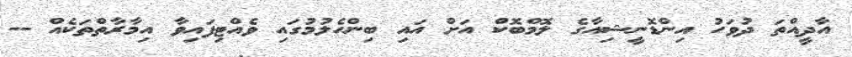
އާދީއްތަ ދުވަހު އިންޑޮނީޝިއާގެ ލޮމްބޮކް އަށް އައި ބިންހެލުމުގައި ވެއްޓިފައިވާ އިމާރާތްތަކެއް --